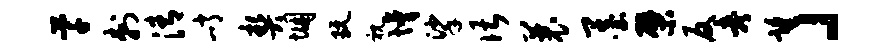
芊刺清峭契悃玩视懵挲谌曩墨檗反考望」